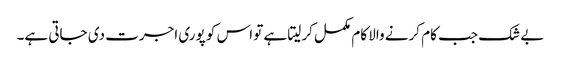
بے شک جب کام کرنے والا کام مکمل کرلیتا ہے تو اس کو پوری اجرت دی جاتی ہے۔